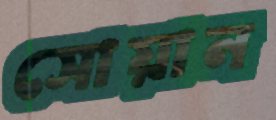
সোয়ান